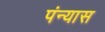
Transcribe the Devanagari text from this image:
पंन्यास